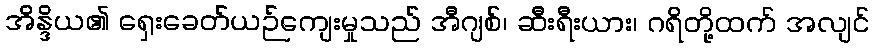
အိန္ဒိယ၏ ရှေးခေတ်ယဉ်ကျေးမှုသည် အီဂျစ်၊ ဆီးရီးယား၊ ဂရိတို့ထက် အလျင်